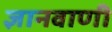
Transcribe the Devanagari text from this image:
ज्ञानवाणी